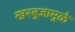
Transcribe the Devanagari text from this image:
खरबुजामुळे